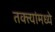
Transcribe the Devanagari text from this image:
तक्त्यांमध्ये